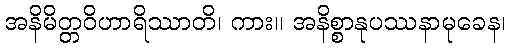
အနိမိတ္တဝိဟာရိဿာတိ၊ ကား။ အနိစ္စာနုပဿနာမုခေန၊